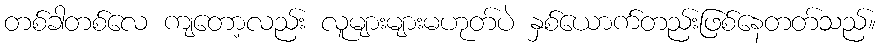
တစ်ခါတစ်လေ ကျတော့လည်း လူများများမဟုတ်ပဲ နှစ်ယောက်တည်းဖြစ်နေတတ်သည်။